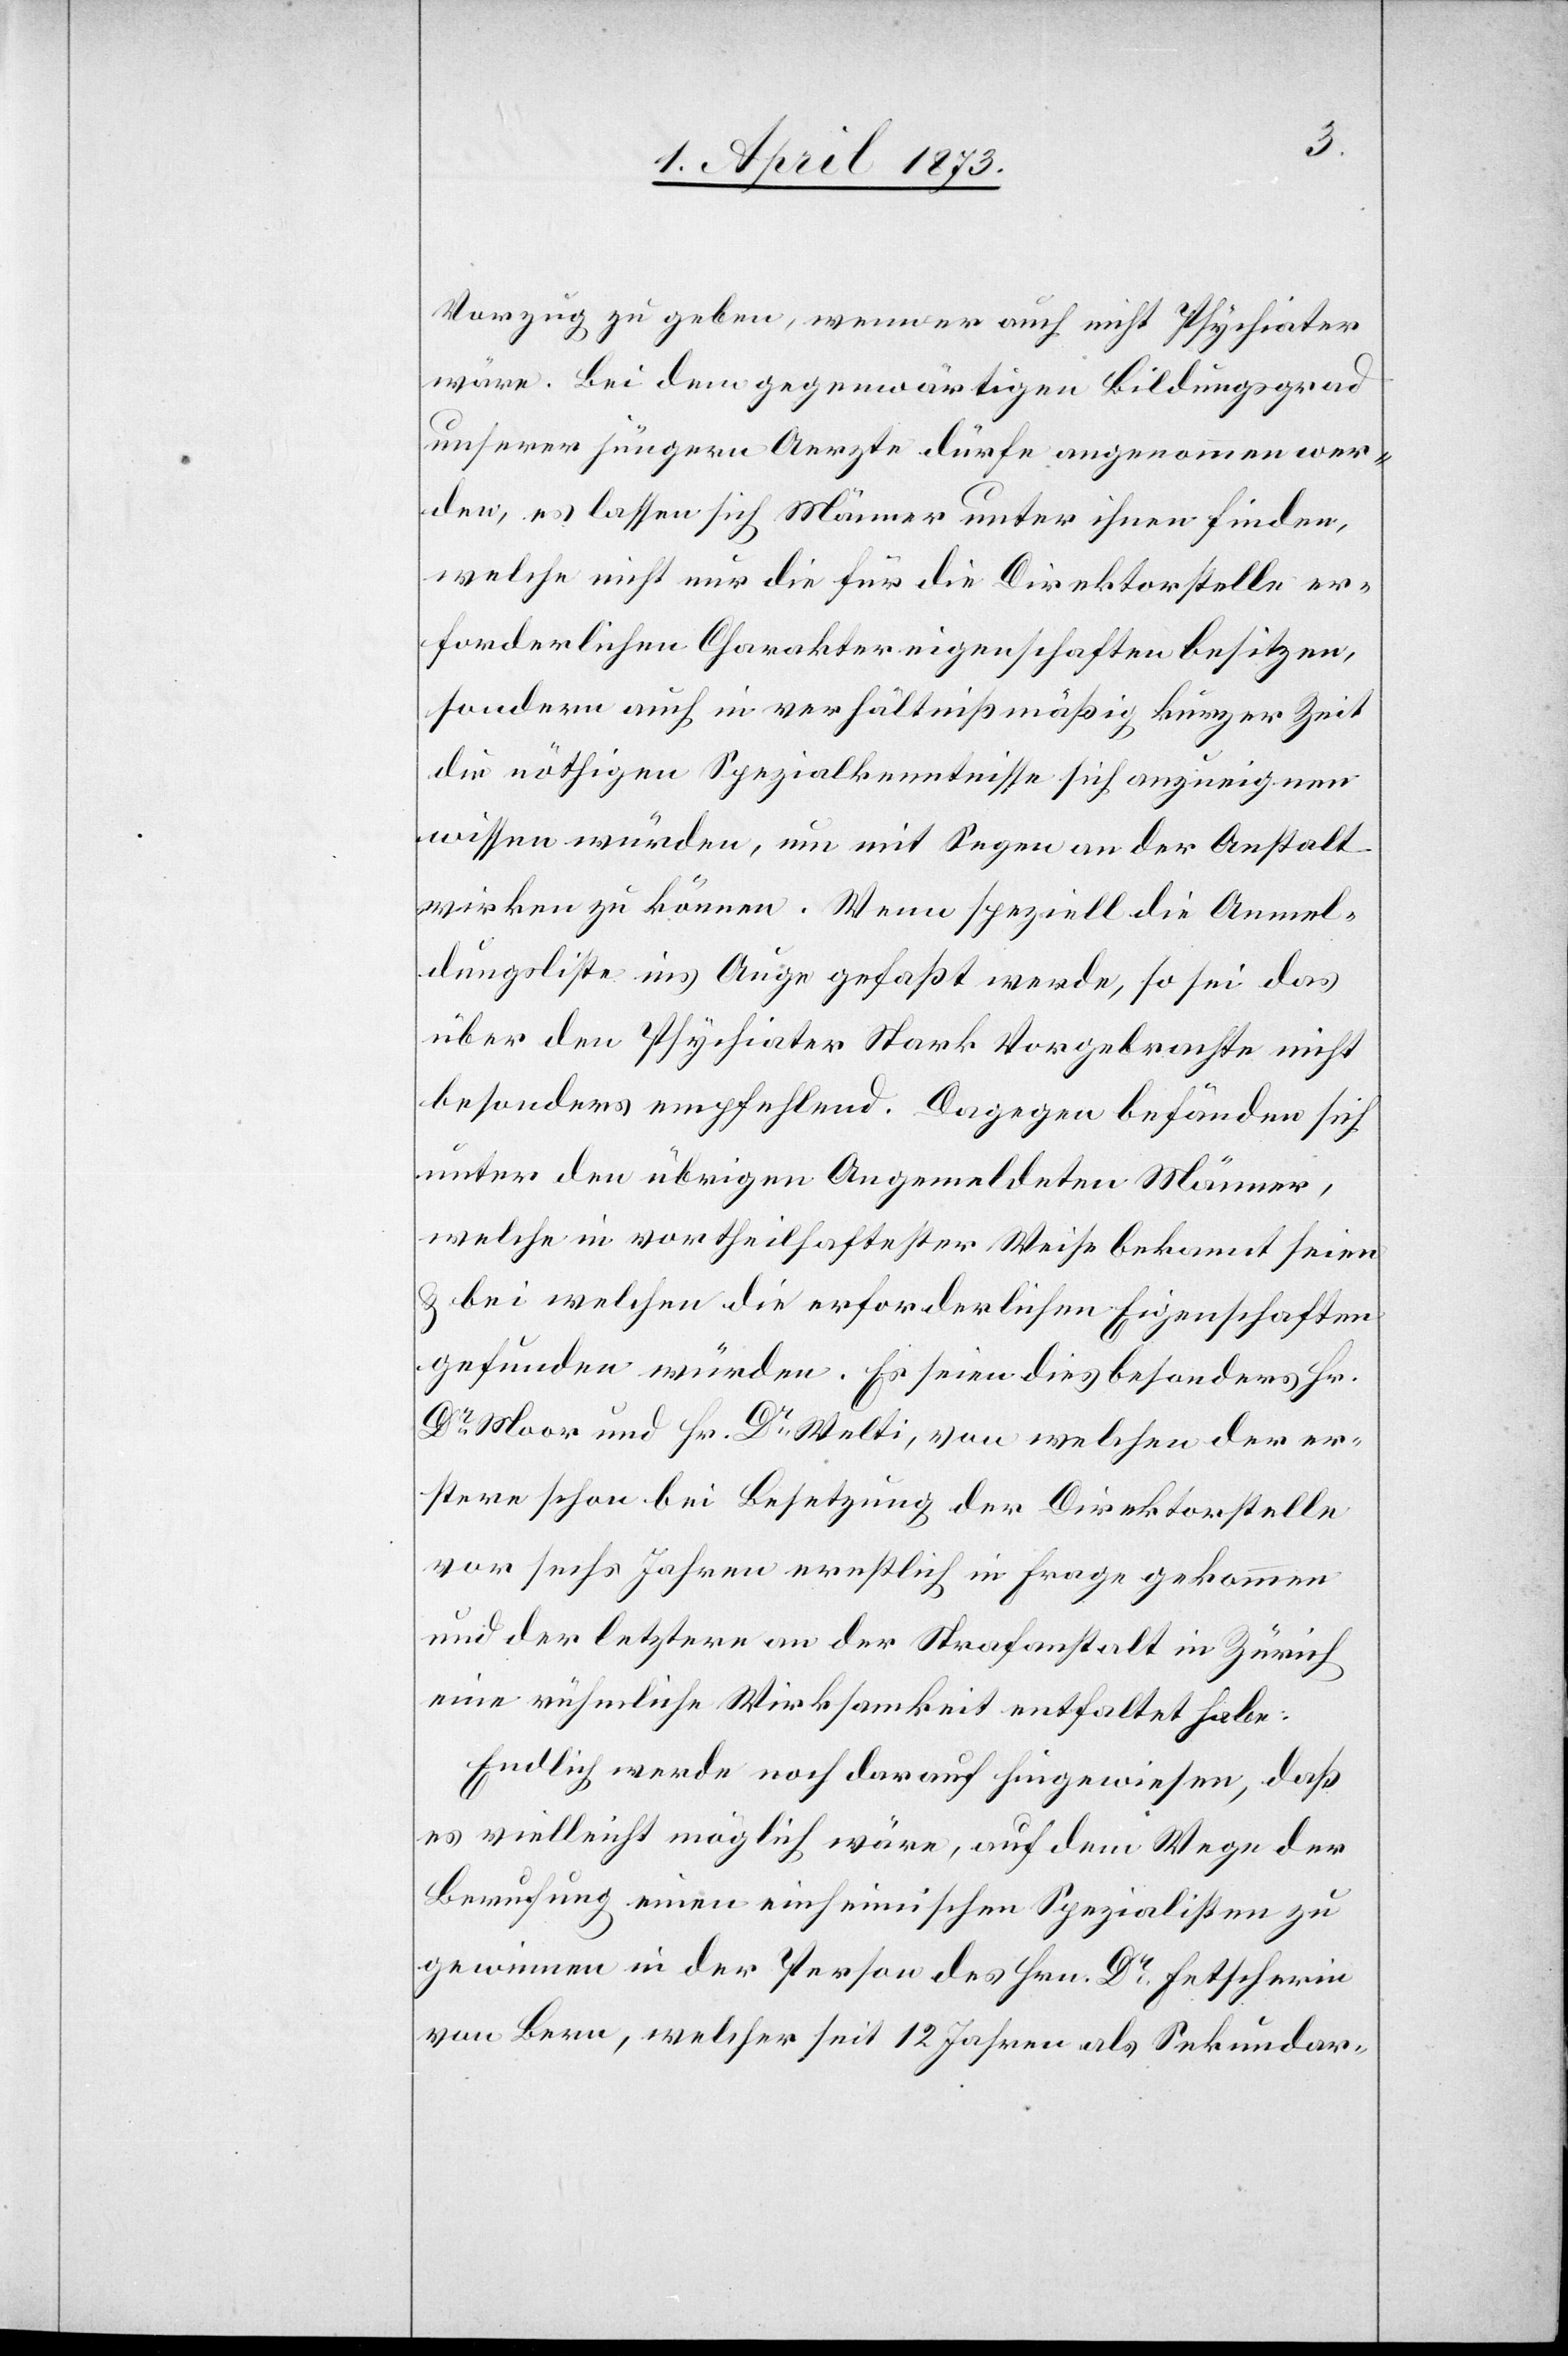
Vorzug zu geben, wenn er auch nicht Psychiater
wäre. Bei dem gegenwärtigen Bildungsgrad
unserer jüngern Aerzte dürfe angenommen wer¬
den, es lassen sich Männer unter ihnen finden,
welche nicht nur die für die Direktorstelle er¬
forderlichen Charaktereigenschaften besitzen,
sondern auch in verhältnißmäßig kurzer Zeit
die nöthigen Spezialkenntnisse sich anzueignen
wissen würden, um mit Segen an der Anstalt
wirken zu können. Wenn speziell die Anmel¬
dungsliste ins Auge gefaßt werde, so sei das
über den Psychiater Stark Vorgebrachte nicht
besonders empfehlend. Dagegen befänden sich
unter den übrigen Angemeldeten Männer,
welche in vortheilhaftester Weise bekannt seien
u. bei welchen die erforderlichen Eigenschaften
gefunden würden. Es seien dies besonders Hr.
Dr Moor und Hr. Dr Welti, von welchen der er¬
stere schon bei Besetzung der Direktorstelle
vor sechs Jahren ernstlich in Frage gekommen
und der letztere an der Strafanstalt in Zürich
eine rühmliche Wirksamkeit entfaltet habe.
Endlich werde noch darauf hingewiesen, daß
es vielleicht möglich wäre, auf dem Wege der
Berufung einen einheimischen Spezialisten zu
gewinnen in der Person des Hrn. Dr Fetscherin
von Bern, welcher seit 12 Jahren als Sekundar-